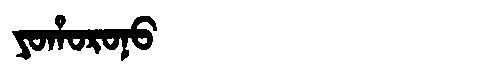
Manchu: ᠶᠣᡥᠣᡵᠣᠨᠣ
Romanization: YOHORONO